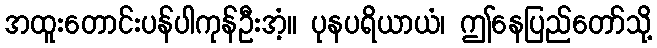
အထူးတောင်းပန်ပါကုန်ဦးအံ့။ ပုနပရိယာယံ၊ ဤနေပြည်တော်သို့